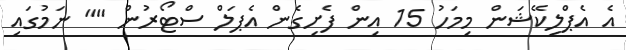
އެ އެޕްލިކޭޝަން މިމަހު 15 އިން ފެށިގެން އެޕަލް ސްޓޯރުން "" ނަމުގައި